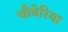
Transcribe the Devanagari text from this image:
चौबेरिया